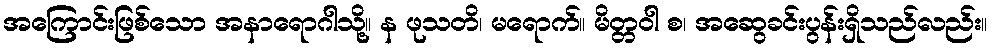
အကြောင်းဖြစ်သော အနာရောဂါသို့။ န ဖုသတိ၊ မရောက်။ မိတ္တဝါ စ၊ အဆွေခင်းပွန်းရှိသည်လည်း။